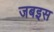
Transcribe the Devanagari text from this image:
जबइस